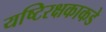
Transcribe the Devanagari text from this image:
यष्टिरक्षकाकडे